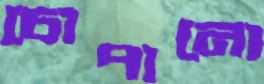
চোপানো